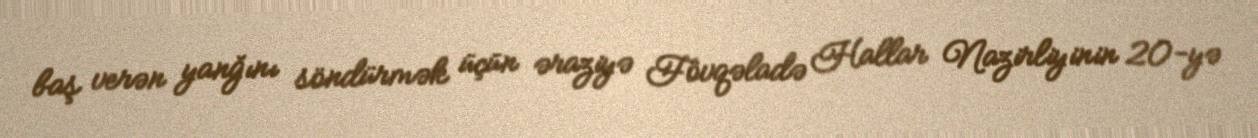
baş verən yanğını söndürmək üçün əraziyə Fövqəladə Hallar Nazirliyinin 20-yə